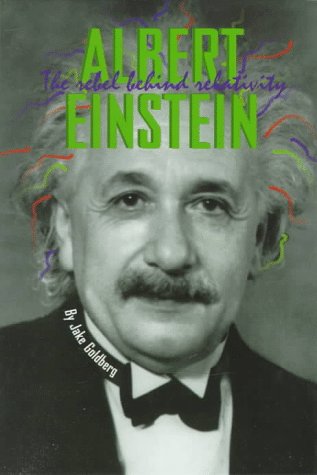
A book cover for Albert Einstein (Impact Books- Biographies Series); Jacob Goldberg; Teen & Young Adult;